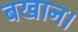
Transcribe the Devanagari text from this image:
बखान।